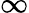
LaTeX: \mathrm{\infty}